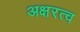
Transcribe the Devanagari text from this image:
अक्षरत्व